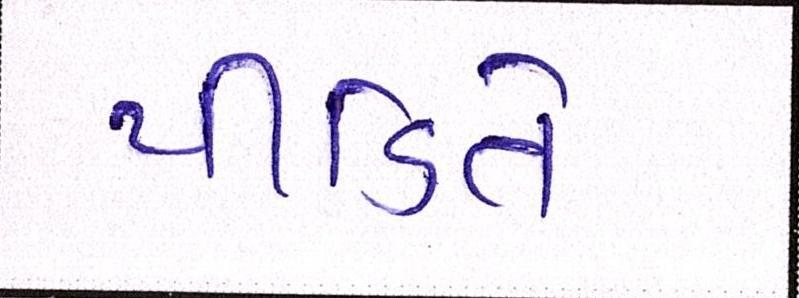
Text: પીડિતે